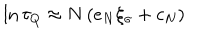
LaTeX: \ln \tau _ { Q } \approx N \left( e _ { N } \xi _ { \sigma } + c _ { N } \right)